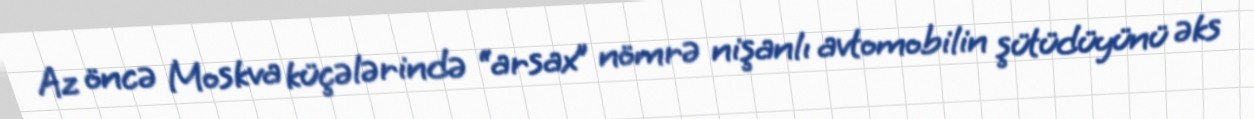
Az öncə Moskva küçələrində “arsax” nömrə nişanlı avtomobilin şütüdüyünü əks